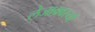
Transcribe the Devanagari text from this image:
लेजाक्वस्यों